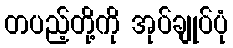
တပည့်တို့ကို အုပ်ချုပ်ပုံ